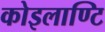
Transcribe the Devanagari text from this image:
कोइलाण्टि